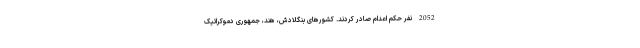
2052 نفر حکم اعدام صادر کردند. کشورهای بنگلادش، هند، جمهوری دموکراتیک